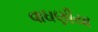
વાઘણીયા